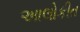
આલોકીત